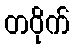
တဝိုက်